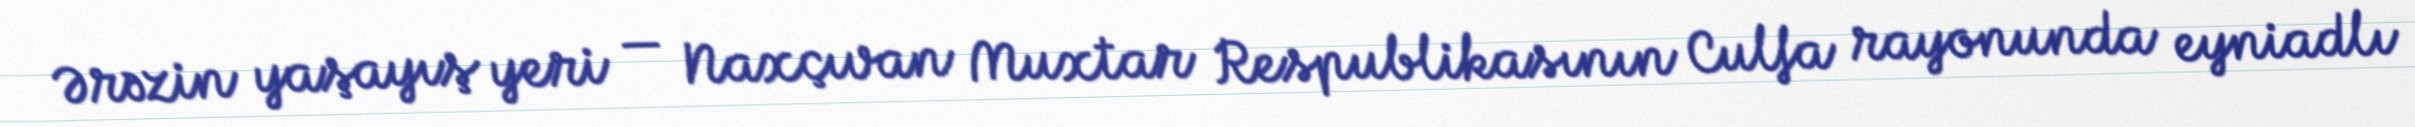
Ərəzin yaşayış yeri — Naxçıvan Muxtar Respublikasının Culfa rayonunda eyniadlı